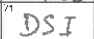
Transcription: DSI